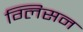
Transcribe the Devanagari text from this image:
ग्लिसन